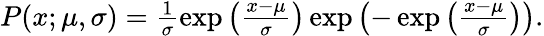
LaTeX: \begin{array}{r}{P(x;\mu,\sigma)=\frac{1}{\sigma}\exp\left(\frac{x-\mu}{\sigma}\right)\exp\left(-\exp\left(\frac{x-\mu}{\sigma}\right)\right).}\end{array}